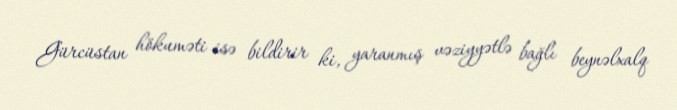
Gürcüstan hökuməti isə bildirir ki, yaranmış vəziyyətlə bağlı beynəlxalq